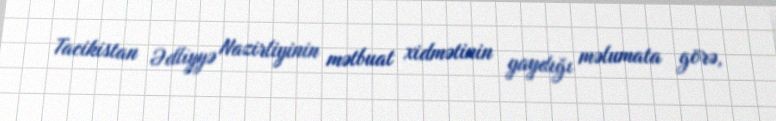
Tacikistan Ədliyyə Nazirliyinin mətbuat xidmətinin yaydığı məlumata görə,